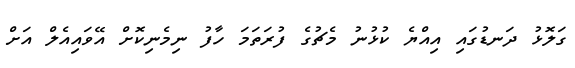
ގަލޮޅު ދަނޑުގައި އިއްޔެ ކުޅުނު މެޗުގެ ފުރަތަމަ ހާފު ނިމެނިކޮށް އޭވައިއެލް އަށް